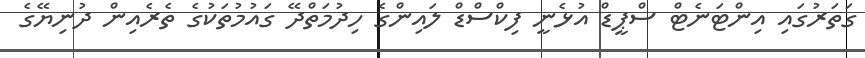
ގަތަރުގައި އިންޓަނެޓް ސްޕީޑް އުޅެނީ ފިކްސްޑް ލައިންގެ ހިދުމަތްދޭ ގައުމުތަކުގެ ތެރެއިން ދުނިޔޭގެ